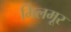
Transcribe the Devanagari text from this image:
मिलमूर